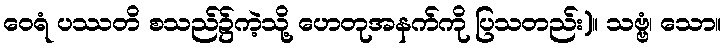
ဝေရံ ပဿတိ စသည်၌ကဲ့သို့ ဟေတုအနက်ကို ပြသတည်း)။ သဗ္ဗံ၊ သော။